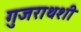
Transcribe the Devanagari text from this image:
गुजराथशी